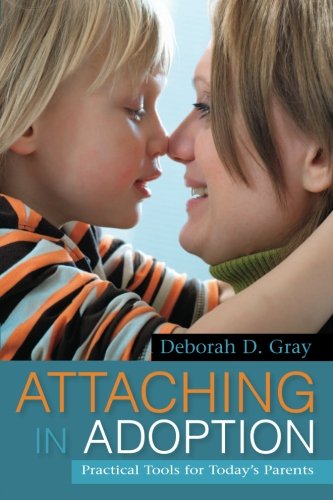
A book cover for Attaching in Adoption: Practical Tools for Today's Parents; Deborah D. Gray; Parenting & Relationships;